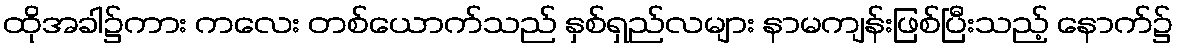
ထိုအခါ၌ကား ကလေး တစ်ယောက်သည် နှစ်ရှည်လများ နာမကျန်းဖြစ်ပြီးသည့် နောက်၌